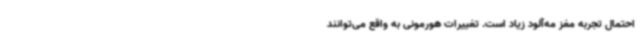
احتمال تجربه مغز مه‌آلود زیاد است. تغییرات هورمونی به واقع می‌توانند